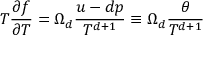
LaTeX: T \frac { \partial f } { \partial T } = \Omega _ { d } \frac { u - d p } { T ^ { d + 1 } } \equiv \Omega _ { d } \frac { \theta } { T ^ { d + 1 } }